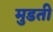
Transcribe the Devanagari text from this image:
मुडती